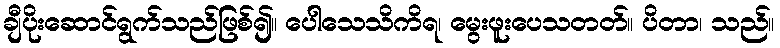
ချီပိုးဆောင်ရွက်သည်ဖြစ်၍။ ပေါသေသိကိရ၊ မွေးဖူးပေသတတ်။ ပိတာ၊ သည်။